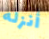
أنزله